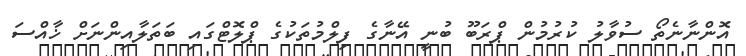
އޮންނާނެތޯ ސުވާލު ކުރުމުން ޕްރަބޫ ބުނީ އޭނާގެ ފިލްމުތަކުގެ ޕްލޮޓްގައި ބަތަލާއިންނަށް ޚާއްސަ